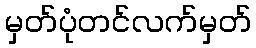
မှတ်ပုံတင်လက်မှတ်